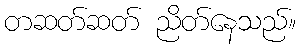
တဆတ်ဆတ် ညိတ်နေသည်။